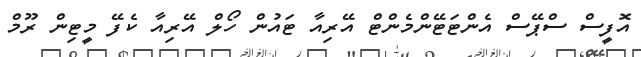
އޮފީސް ސްޕޭސް އެންޓަޓޭންމެންޓް އޭރިއާ ޓައުން ހޯލް އޭރިއާ ކެފޭ މީޓިން ރޫމް